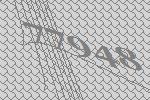
77948